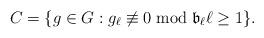
LaTeX: \begin{align*}C=\{g\in G : g_\ell\not\equiv 0 \bmod \mathfrak{b}_\ell\ell\geq 1\}.\end{align*}